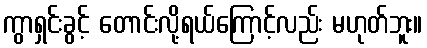
ကွာရှင်းခွင့် တောင်းလို့ရယ်ကြောင့်လည်း မဟုတ်ဘူး။